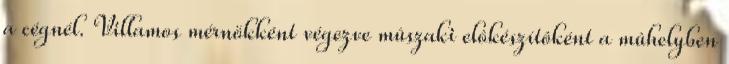
a cégnél. Villamos mérnökként végezve mûszaki elôkészítôként a mûhelyben